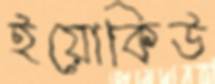
ইয়োকিউ